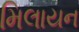
મિલાયન